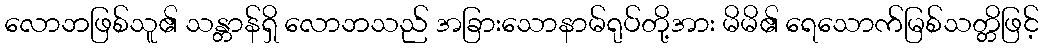
လောဘဖြစ်သူ၏ သန္တာန်ရှိ လောဘသည် အခြားသောနာမ်ရုပ်တို့အား မိမိ၏ ရေသောက်မြစ်သတ္တိဖြင့်